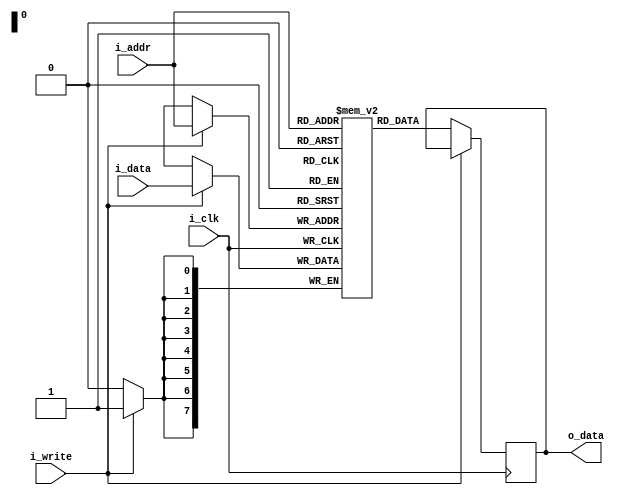
`timescale 1ns / 1ps
//////////////////////////////////////////////////////////////////////////////////
// Company: 
// Engineer: 
// 
// Design Name: 
// Module Name: sram
// Project Name: 
// Target Devices: 
// Tool Versions: 
// Description: 
// 
// Dependencies: 
// 
// Revision:
// Revision 0.01 - File Created
// Additional Comments:
// 
//////////////////////////////////////////////////////////////////////////////////


module sram#(parameter ADDR_WIDTH=8, DATA_WIDTH=8, DEPTH=256, MEMFILE="") (
    input wire i_clk,
    input wire [ADDR_WIDTH-1:0] i_addr, 
    input wire i_write,
    input wire [DATA_WIDTH-1:0] i_data,
    output reg [DATA_WIDTH-1:0] o_data 
    );

    reg [DATA_WIDTH-1:0] memory_array [0:DEPTH-1]; 

    initial begin
        if (MEMFILE > 0)
        begin
            $display("Loading memory init file '" + MEMFILE + "' into array.");
            $readmemh(MEMFILE, memory_array);
        end
    end

    always @ (posedge i_clk)
    begin
        if(i_write) begin
            memory_array[i_addr] <= i_data;
        end
        else begin
            o_data <= memory_array[i_addr];
        end     
    end
endmodule